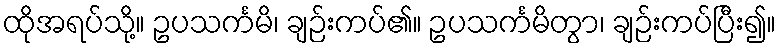
ထိုအရပ်သို့။ ဥပသင်္ကမိ၊ ချဉ်းကပ်၏။ ဥပသင်္ကမိတွာ၊ ချဉ်းကပ်ပြီး၍။